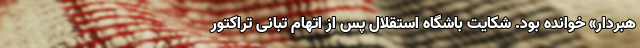
هبردار» خوانده بود. شکایت باشگاه استقلال پس از اتهام تبانی تراکتور